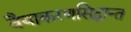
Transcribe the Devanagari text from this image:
वैयाकरणसिद्धान्त